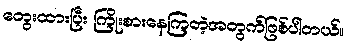
တွေးထားပြီး ကြိုးစားနေကြတဲ့အတွက်ဖြစ်ပါတယ်။